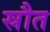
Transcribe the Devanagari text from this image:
स्रौत